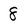
Character: 8